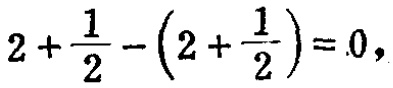
$2+\frac{1}{2}-\left(2+\frac{1}{2}\right)=0,$